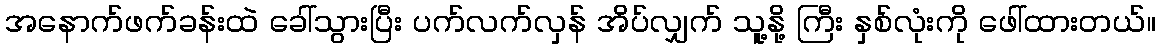
အနောက်ဖက်ခန်းထဲ ခေါ်သွားပြီး ပက်လက်လှန် အိပ်လျှက် သူ့နို့ ကြီး နှစ်လုံးကို ဖေါ်ထားတယ်။